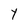
Character: Y